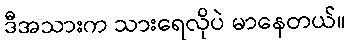
ဒီအသားက သားရေလိုပဲ မာနေတယ်။